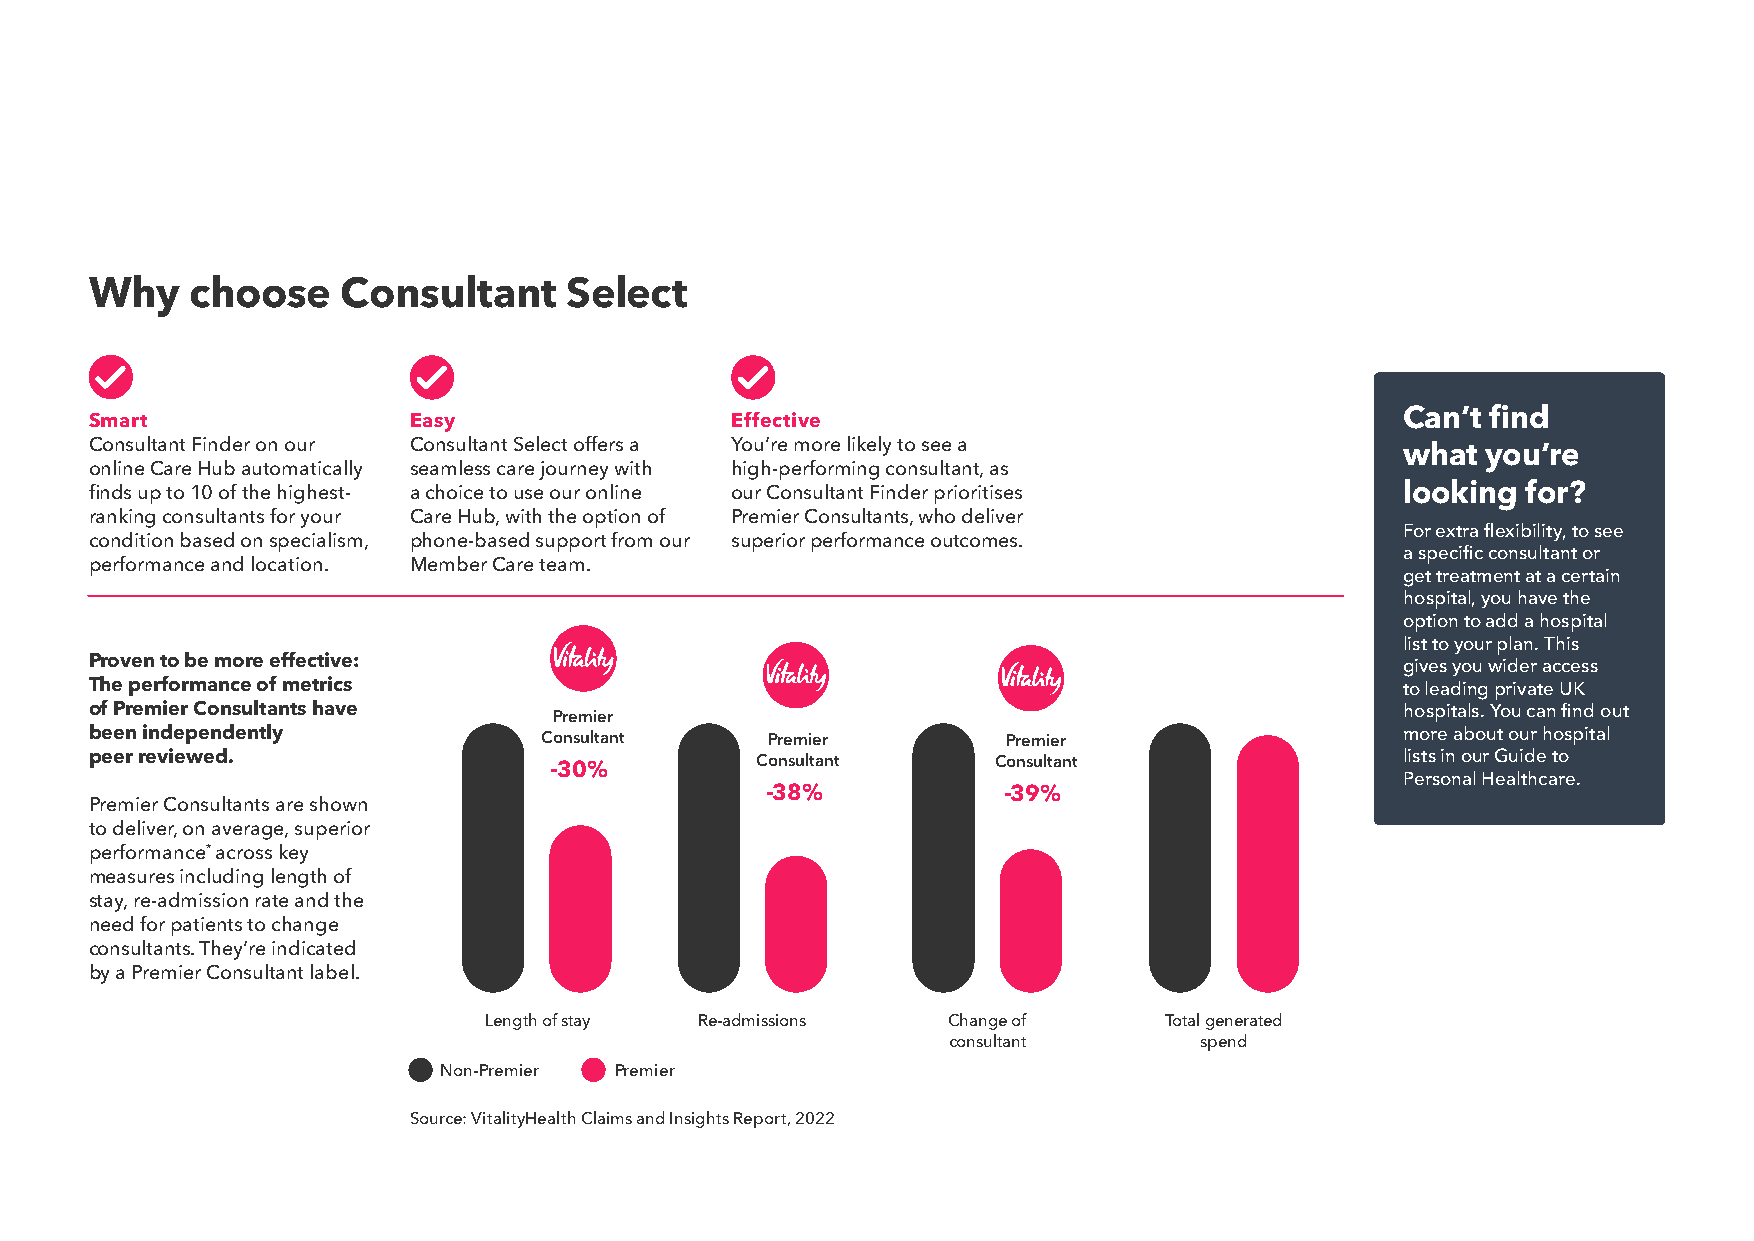
Why    choose    Consultant     Select
 Can’t find
 Smart                Easy                 Effective
 Consultant Finder on our Consultant Select offers a You’re more likely to see a        what you’re
 online Care Hub automatically seamless care journey with high-performing consultant, as
 finds up to 10 of the highest- a choice to use our online our Consultant Finder prioritises looking for?
 ranking consultants for your Care Hub, with the option of Premier Consultants, who deliver
 For extra flexibility, to see
 condition based on specialism, phone-based support from our superior performance outcomes.
 a specific consultant or
 performance and location. Member Care team.
 get treatment at a certain
 hospital, you have the
 option to add a hospital
 list to your plan. This
 Proven to be more effective:                                                           gives you wider access
 The performance of metrics                                                             to leading private UK
 of Premier Consultants have                                                            hospitals. You can find out
 Premier
 been independently            Consultant     Premier         Premier                   more about our hospital
 peer reviewed.                -30%          Consultant      Consultant                 lists in our Guide to
 Personal Healthcare.
 -38%           -39%
 Premier Consultants are shown
 to deliver, on average, superior
 performance* across key
 measures including length of
 stay, re-admission rate and the
 need for patients to change
 consultants. They’re indicated
 by a Premier Consultant label.
 Length of stay Re-admissions   Change of     Total generated
 consultant      spend
 Non-Premier Premier
 Source: VitalityHealth Claims and Insights Report, 2022